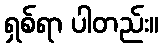
ရှစ်ရာ ပါတည်း။